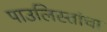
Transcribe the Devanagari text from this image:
पाउलिस्तांचा